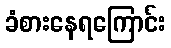
ခံစားနေရကြောင်း